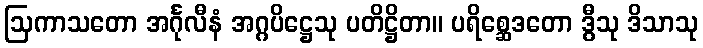
ဩကာသတော အင်္ဂုလီနံ အဂ္ဂပိဋ္ဌေသု ပတိဋ္ဌိတာ။ ပရိစ္ဆေဒတော ဒွီသု ဒိသာသု